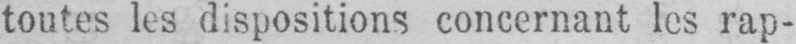
toutes les dispositions concernant les rap-